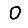
Digit: 0